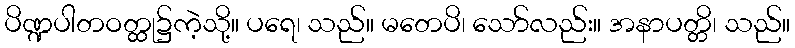
ပိဏ္ဍပါတဝတ္ထု၌ကဲ့သို့။ ပရေ၊ သည်။ မတေပိ၊ သော်လည်း။ အနာပတ္တိ၊ သည်။